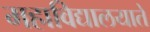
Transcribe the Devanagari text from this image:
महाविद्यालयाते